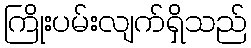
ကြိုးပမ်းလျက်ရှိသည်